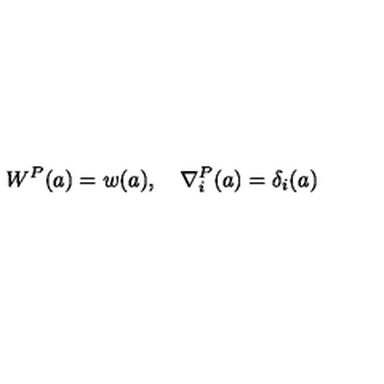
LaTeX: W ^ { P } ( a ) = w ( a ) , \quad \nabla _ { i } ^ { P } ( a ) = \delta _ { i } ( a )